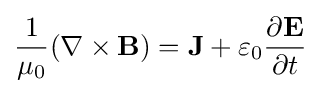
{\frac {1}{\mu _{0}}}(\mathbf {\nabla } \times \mathbf {B} )=\mathbf {J} +\varepsilon _{0}{\frac {\partial \mathbf {E} }{\partial t}}